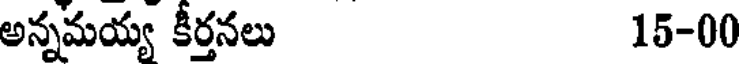
అన్నమయ్య కీర్తనలు 15-00